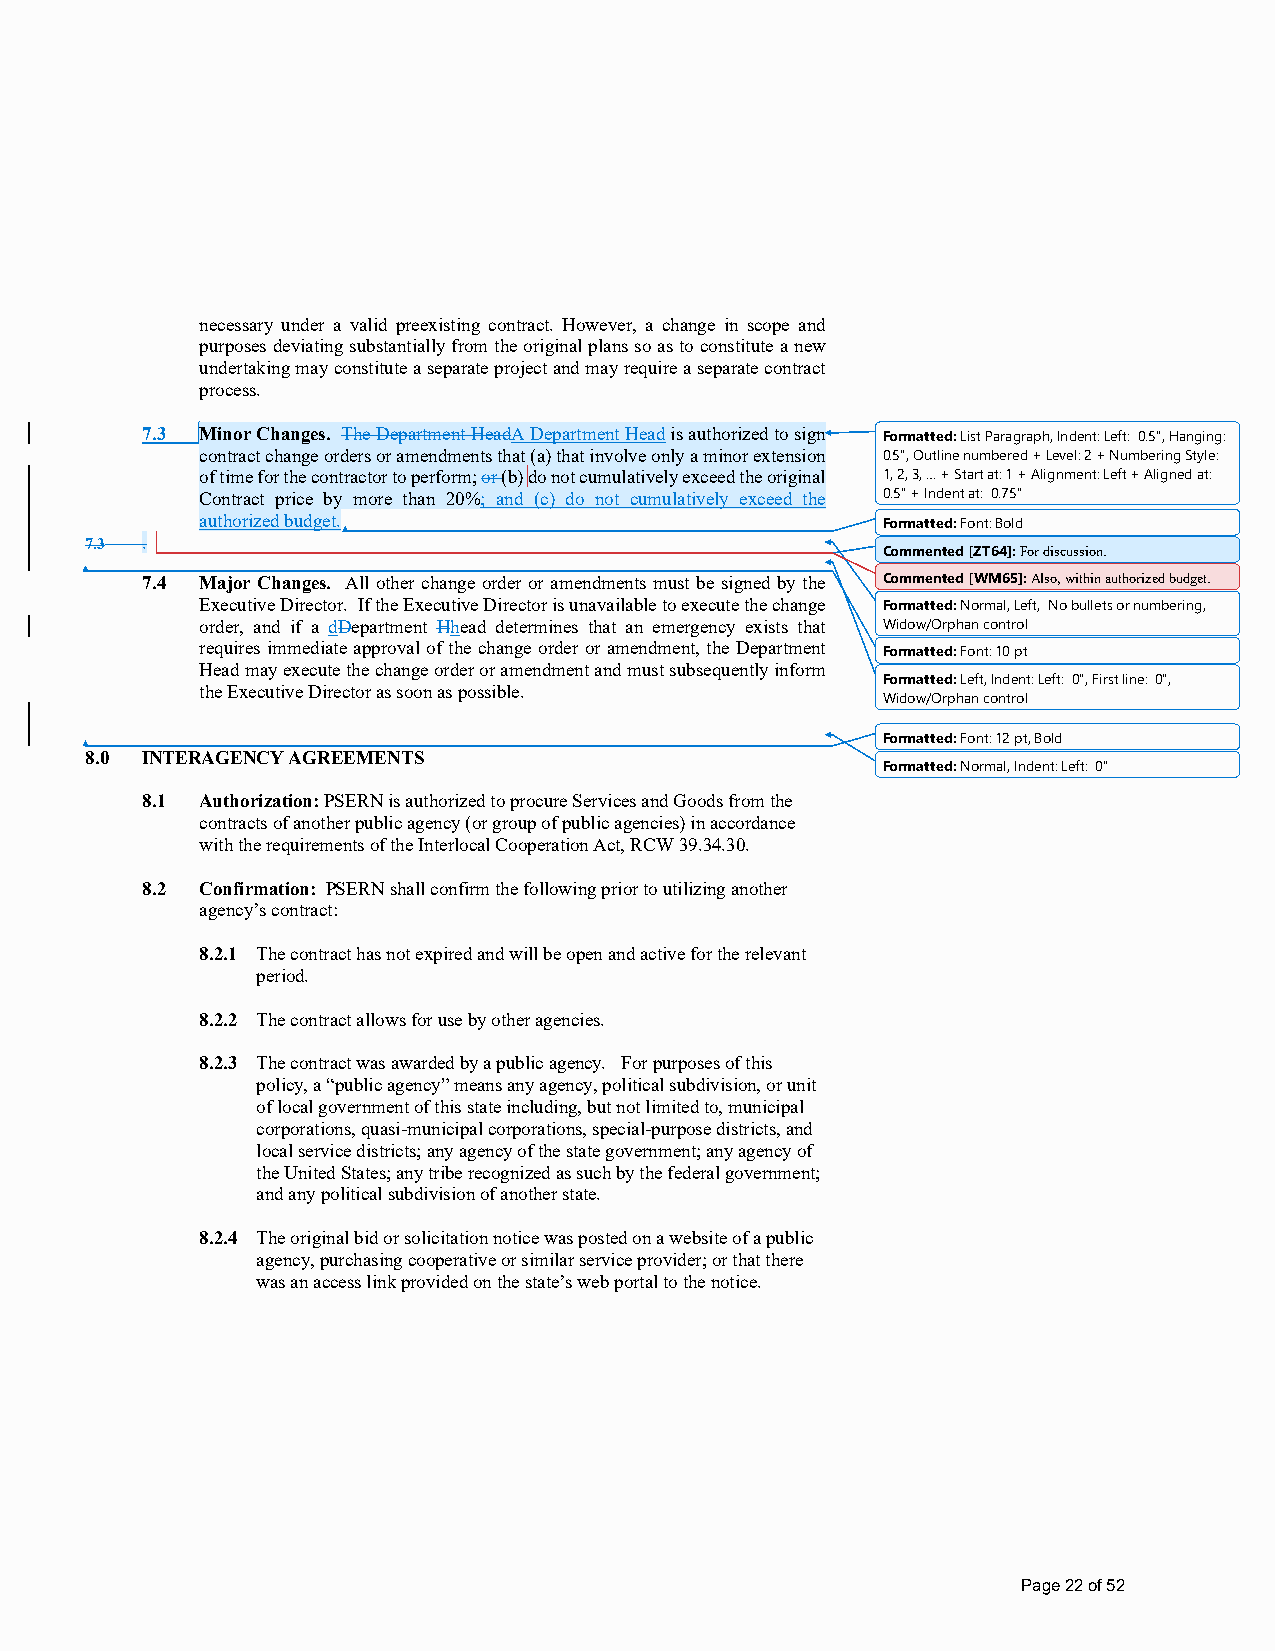
necessary under a valid preexisting contract. However, a change in scope and
 purposes deviating substantially from the original plans so as to constitute a new
 undertaking may constitute a separate project and may require a separate contract
 process.
 7.3 Minor Changes. The Department HeadA Department Head is authorized to sign Formatted: List Paragraph, Indent: Left: 0.5", Hanging:
 contract change orders or amendments that (a) that involve only a minor extension 0.5", Outline numbered + Level: 2 + Numbering Style:
 of time for the contractor to perform; or (b) do not cumulatively exceed the original 1, 2, 3, … + Start at: 1 + Alignment: Left + Aligned at:
 Contract price by more than 20%; and (c) do not cumulatively exceed the 0.5" + Indent at: 0.75"
 authorized budget.                           Formatted: Font: Bold
 7.3 .
 Commented [ZT64]: For discussion.
 7.4 Major Changes. All other change order or amendments must be signed by the Commented [WM65]: Also, within authorized budget.
 Executive Director. If the Executive Director is unavailable to execute the change Formatted: Normal, Left, No bullets or numbering,
 order, and if a dDepartment Hhead determines that an emergency exists that Widow/Orphan control
 requires immediate approval of the change order or amendment, the Department
 Formatted: Font: 10 pt
 Head may execute the change order or amendment and must subsequently inform
 Formatted: Left, Indent: Left: 0", First line: 0",
 the Executive Director as soon as possible.
 Widow/Orphan control
 Formatted: Font: 12 pt, Bold
 8.0 INTERAGENCY AGREEMENTS
 Formatted: Normal, Indent: Left: 0"
 8.1 Authorization: PSERN is authorized to procure Services and Goods from the
 contracts of another public agency (or group of public agencies) in accordance
 with the requirements of the Interlocal Cooperation Act, RCW 39.34.30.
 8.2 Confirmation: PSERN shall confirm the following prior to utilizing another
 agency’s contract:
 8.2.1 The contract has not expired and will be open and active for the relevant
 period.
 8.2.2 The contract allows for use by other agencies.
 8.2.3 The contract was awarded by a public agency. For purposes of this
 policy, a “public agency” means any agency, political subdivision, or unit
 of local government of this state including, but not limited to, municipal
 corporations, quasi-municipal corporations, special-purpose districts, and
 local service districts; any agency of the state government; any agency of
 the United States; any tribe recognized as such by the federal government;
 and any political subdivision of another state.
 8.2.4 The original bid or solicitation notice was posted on a website of a public
 agency, purchasing cooperative or similar service provider; or that there
 was an access link provided on the state’s web portal to the notice.
 Page 22 of 52